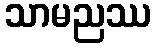
သာမညဿ